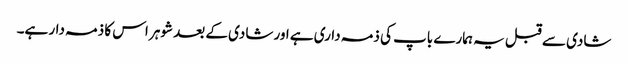
شادی سے قبل یہ ہمارے باپ کی ذمہ داری ہے اور شادی کے بعد شوہر اس کا ذمہ دار ہے۔